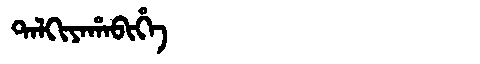
Manchu: ᡨᠠᠯᡴᡳᠶᠠᡥᠠᠪᡳᡥᡝ
Romanization: TALKIYAHABIHE